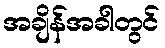
အချိန်အခါတွင်